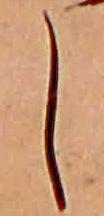
し